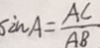
\sin A = \frac { A C } { A B }